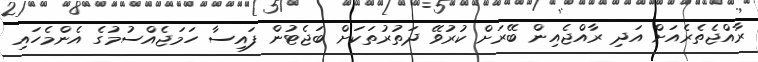
ރާއްޖެތެރެއަށް އަދި ރާއްޖެއިން ބޭރަށް ކުރުވޭ ދަތުރުތަކަށް ބަޖެޓުން ފައިސާ ހަމަޖެއްސުމުގެ އެންމެހައި